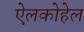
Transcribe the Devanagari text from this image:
ऐलकोहेल